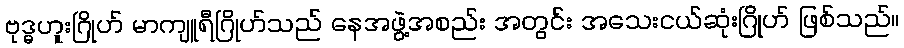
ဗုဒ္ဓဟူးဂြိုဟ် မာကျူရီဂြိုဟ်သည် နေအဖွဲ့အစည်း အတွင်း အသေးငယ်ဆုံးဂြိုဟ် ဖြစ်သည်။